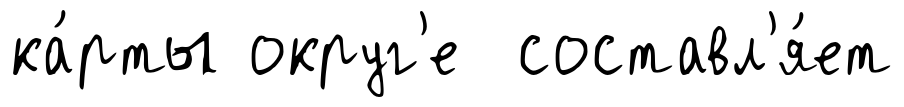
ка́рты округ'е составл'я́ет